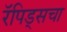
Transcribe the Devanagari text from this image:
रॅपिड्सचा